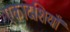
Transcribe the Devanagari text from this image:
एकादशियाँ